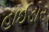
હાઈડોર